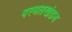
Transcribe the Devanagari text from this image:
परमतखंडन